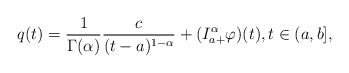
\begin{align*}q(t) = \frac{1}{\Gamma(\alpha)}\frac{c}{(t-a)^{1-\alpha}} + (I^{\alpha}_{a+} \varphi )(t) ,t\in (a,b],\end{align*}